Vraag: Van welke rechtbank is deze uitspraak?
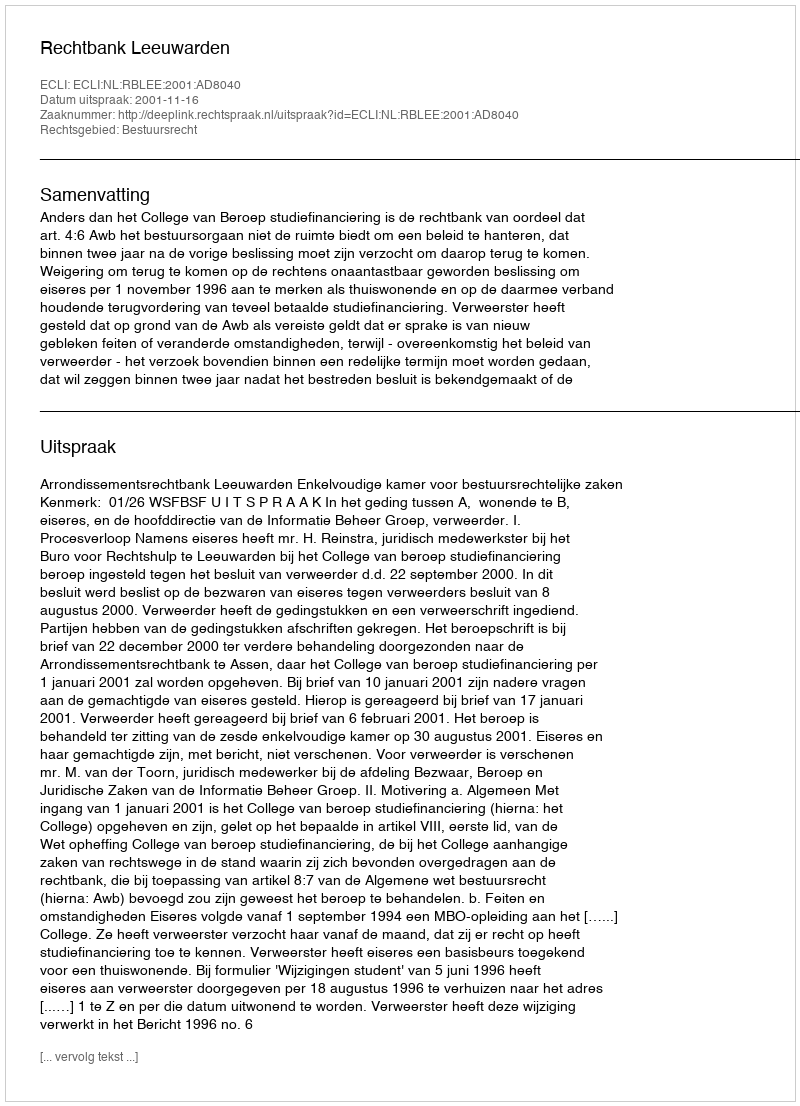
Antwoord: Rechtbank Leeuwarden